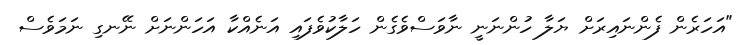
"އަހަރެން ފެންނައިރަށް ޔަލާ ހުންނަނީ ނާވަސްވެގެން ހަލާކުވެފައި އަނެއްކާ އަހަންނަށް ނޭނގި ނަމަވެސް